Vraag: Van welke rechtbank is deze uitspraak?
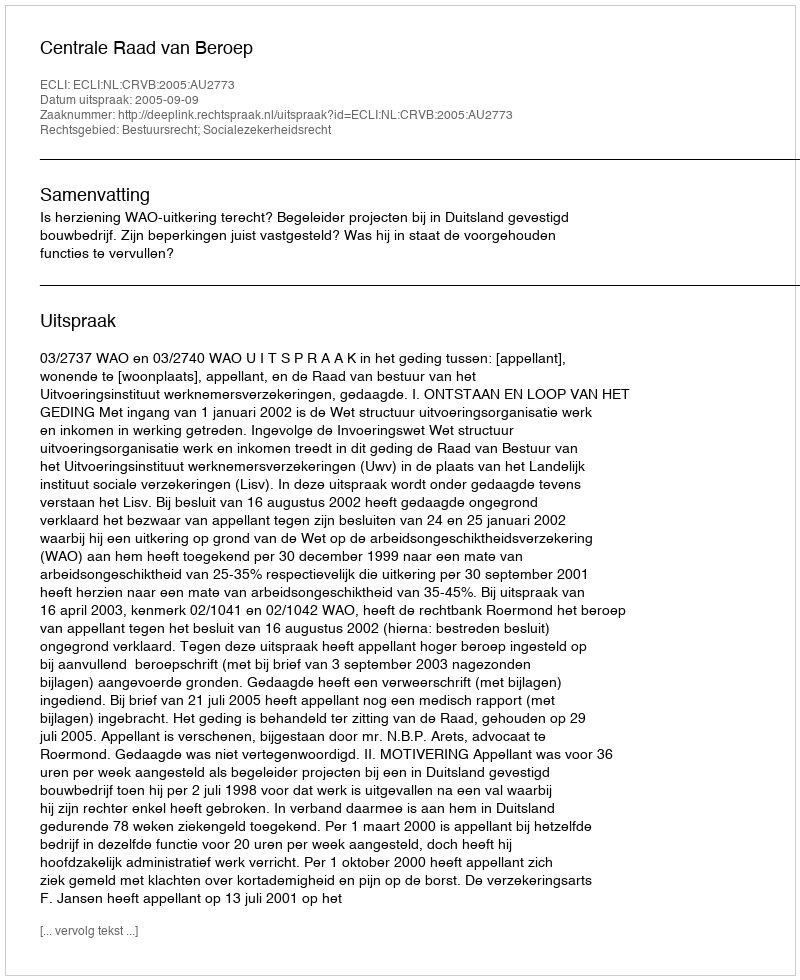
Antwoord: Centrale Raad van Beroep